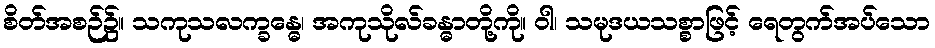
စိတ်အစဉ်၌။ သကုသလက္ခန္ဓေ၊ အကုသိုလ်ခန္ဓာတို့ကို။ ဝါ၊ သမုဒယသစ္စာဖြင့် ရေတွက်အပ်သော